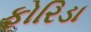
ફોરિડા